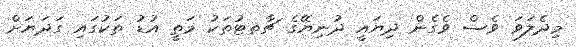
މިދެލަވަ ވެސް ވެގެން ދިޔައީ ދުނިޔޭގެ ޗާތޓުތަކު މަތީ އުޑު ތަކުގައި ގަދަޔަށް